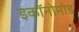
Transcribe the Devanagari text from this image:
इकॉनोमोड